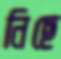
নিছে